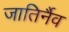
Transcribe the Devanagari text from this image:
जातिर्नैव